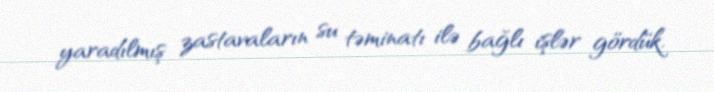
yaradılmış zastavaların su təminatı ilə bağlı işlər gördük.